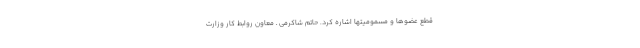
قطع عضوها و مسمومیتها اشاره کرد. حاتم شاکرمی ـ معاون روابط کار وزارت